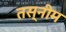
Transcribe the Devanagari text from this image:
तस्नीम